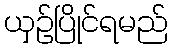
ယှဉ်ပြိုင်ရမည်